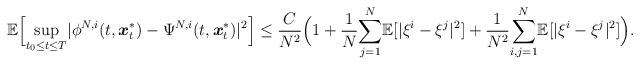
LaTeX: \begin{align*}\mathbb{E}\Big[\underset{t_0\leq t\leq T}{\sup}|\phi^{N,i}(t,\boldsymbol{x}_t^*)-\Psi^{N,i}(t,\boldsymbol{x}_t^*)|^2\Big]\leq\frac{C}{N^2}\Big(1+\frac{1}{N}\underset{j=1}{\overset{N}\sum}\mathbb{E}[|\xi^i-\xi^j|^2]+\frac{1}{N^2}\underset{i,j=1}{\overset{N}{\sum}}\mathbb{E}[|\xi^{i}-\xi^{j}|^2]\Big).\end{align*}